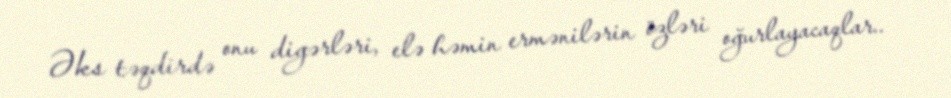
Əks təqdirdə onu digərləri, elə həmin ermənilərin özləri oğurlayacaqlar..